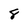
Character: 8